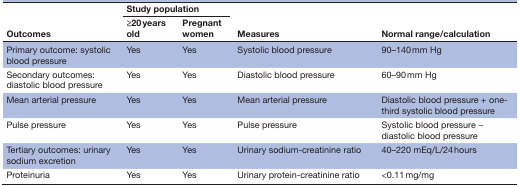
<table><thead><tr><td rowspan="2"><b>Outcomes</b></td><td colspan="2"><b>Study population</b></td><td rowspan="2"><b>Measures</b></td><td rowspan="2"><b>Normal range/calculation</b></td></tr><tr><td><b>≥20 years old</b></td><td><b>Pregnant women</b></td></tr></thead><tbody><tr><td>Primary outcome: systolic blood pressure</td><td>Yes</td><td>Yes</td><td>Systolic blood pressure</td><td>90–140 mm Hg</td></tr><tr><td>Secondary outcomes: diastolic blood pressure</td><td>Yes</td><td>Yes</td><td>Diastolic blood pressure</td><td>60–90 mm Hg</td></tr><tr><td>Mean arterial pressure</td><td>Yes</td><td>Yes</td><td>Mean arterial pressure</td><td>Diastolic blood pressure + one-third systolic blood pressure</td></tr><tr><td>Pulse pressure</td><td>Yes</td><td>Yes</td><td>Pulse pressure</td><td>Systolic blood pressure − diastolic blood pressure</td></tr><tr><td>Tertiary outcomes: urinary sodium excretion</td><td>Yes</td><td>Yes</td><td>Urinary sodium-creatinine ratio</td><td>40–220 mEq/L/24 hours</td></tr><tr><td>Proteinuria</td><td>Yes</td><td>Yes</td><td>Urinary protein-creatinine ratio</td><td>&lt;0.11 mg/mg</td></tr></tbody></table>